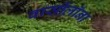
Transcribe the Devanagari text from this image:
बार्सीलॉना